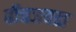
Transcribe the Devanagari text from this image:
बीचजवळ